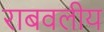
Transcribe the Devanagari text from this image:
राबवलीय